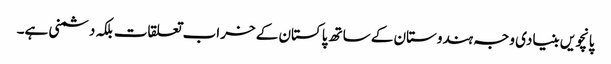
پانچویں بنیادی وجہ ہندوستان کے ساتھ پاکستان کے خراب تعلقات بلکہ دشمنی ہے۔